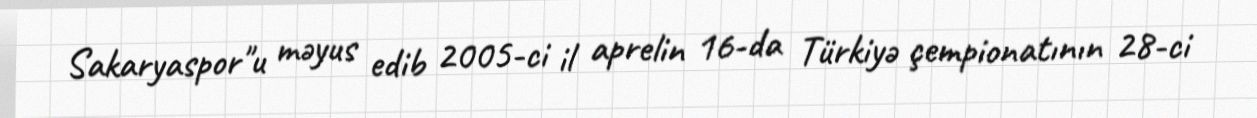
Sakaryaspor"u məyus edib 2005-ci il aprelin 16-da Türkiyə çempionatının 28-ci